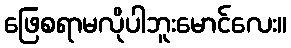
ဖြေစရာမလိုပါဘူးမောင်လေး။